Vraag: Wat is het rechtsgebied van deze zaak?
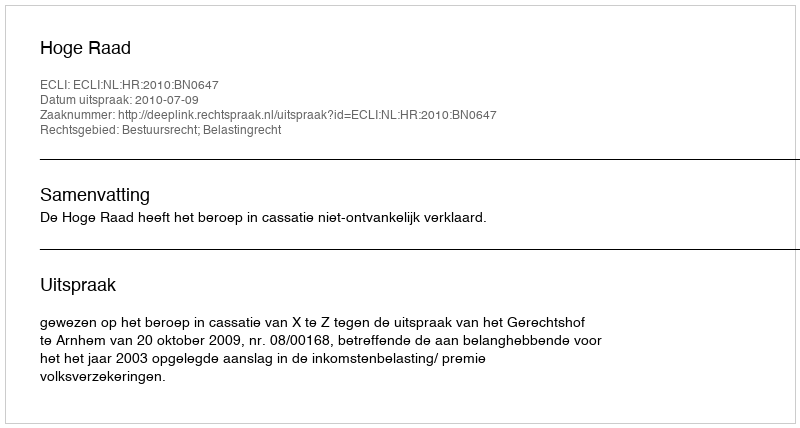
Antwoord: Bestuursrecht; Belastingrecht